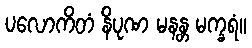
ပလောကိတံ နိပုဏ မနန္တ မက္ခရံ။